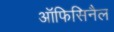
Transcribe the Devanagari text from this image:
ऑफिसिनैल